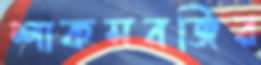
শাকসবজির